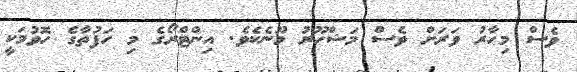
ވެސް މިހާރު ވަރަށް ވެސް މަޝްހޫރު މޫނެކެވެ. އިންޓްރޯގެ މި ހަފުތާގެ ހޮވުމަކީ